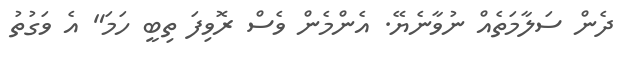
ދެން ސަލާމަތެއް ނުވާނެޔޭ. އެންމެން ވެސް ރޮވިފަ ތިބީ ހަމަ" އެ ވަގުތު